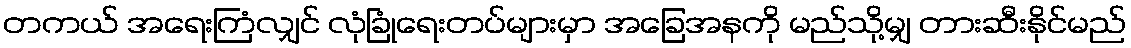
တကယ် အရေးကြံလျှင် လုံခြုံရေးတပ်များမှာ အခြေအနကို မည်သို့မျှ တားဆီးနိုင်မည်